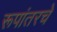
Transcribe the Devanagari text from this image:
रूपांतरचे